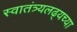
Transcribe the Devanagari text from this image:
स्वातंत्र्यलढ्यच्या